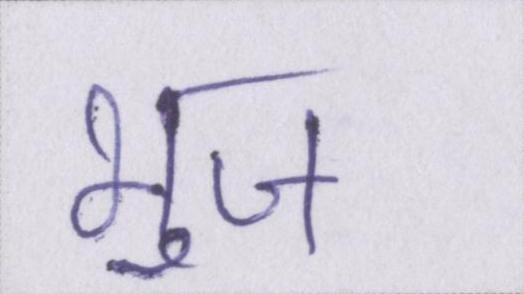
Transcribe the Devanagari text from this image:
भुज